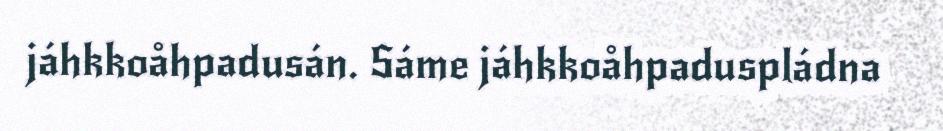
jáhkkoåhpadusán. Sáme jáhkkoåhpaduspládna